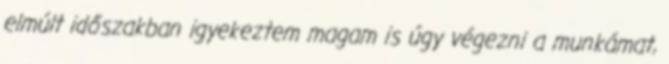
elmúlt időszakban igyekeztem magam is úgy végezni a munkámat,